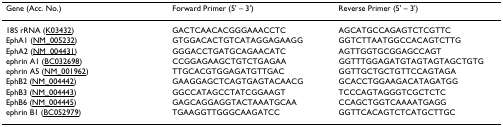
<table><thead><tr><td><b>Gene (Acc. No.)</b></td><td><b>Forward Primer (5&#x27; – 3&#x27;)</b></td><td><b>Reverse Primer (5&#x27; – 3&#x27;)</b></td></tr></thead><tbody><tr><td>18S rRNA (K03432)</td><td>GACTCAACACGGGAAACCTC</td><td>AGCATGCCAGAGTCTCGTTC</td></tr><tr><td>EphA1 (NM_005232)</td><td>GTGGACACTGTCATAGGAGAAGG</td><td>GGTCTTAATGGCCACAGTCTTG</td></tr><tr><td>EphA2 (NM_004431)</td><td>GGGACCTGATGCAGAACATC</td><td>AGTTGGTGCGGAGCCAGT</td></tr><tr><td>ephrin A1 (BC032698)</td><td>CCGGAGAAGCTGTCTGAGAA</td><td>GGTTTGGAGATGTAGTAGTAGCTGTG</td></tr><tr><td>ephrin A5 (NM_001962)</td><td>TTGCACGTGGAGATGTTGAC</td><td>GGTTGCTGCTGTTCCAGTAGA</td></tr><tr><td>EphB2 (NM_004442)</td><td>GAAGGAGCTCAGTGAGTACAACG</td><td>GCACCTGGAAGACATAGATGG</td></tr><tr><td>EphB3 (NM_004443)</td><td>GGCCATAGCCTATCGGAAGT</td><td>TCCCAGTAGGGTCGCTCTC</td></tr><tr><td>EphB6 (NM_004445)</td><td>GAGCAGGAGGTACTAAATGCAA</td><td>CCAGCTGGTCAAAATGAGG</td></tr><tr><td>ephrin B1 (BC052979)</td><td>TGAAGGTTGGGCAAGATCC</td><td>GGTTCACAGTCTCATGCTTGC</td></tr></tbody></table>